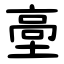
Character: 㙜